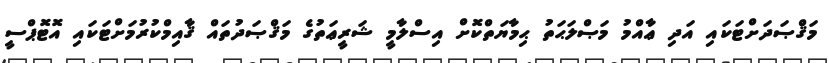
މަޤްޞަދަށްޓަކައި އަދި ޢާއްމު މަޞްލަޙަތު ޙިމާޔަތްކޮށް އިސްލާމީ ޝަރީޢަތުގެ މަޤްޞަދުތައް ޤާއިމްކުރުމަށްޓަކައި އޮޓޮޕްސީ